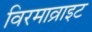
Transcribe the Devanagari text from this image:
विरमाव्राइट